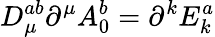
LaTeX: D_{\mu}^{ab}\partial^{\mu}A_{0}^{b}=\partial^{k}E_{k}^{a}